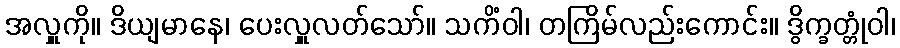
အလှူကို။ ဒိယျမာနေ၊ ပေးလှူလတ်သော်။ သကိံဝါ၊ တကြိမ်လည်းကောင်း။ ဒွိက္ခတ္တုံဝါ၊